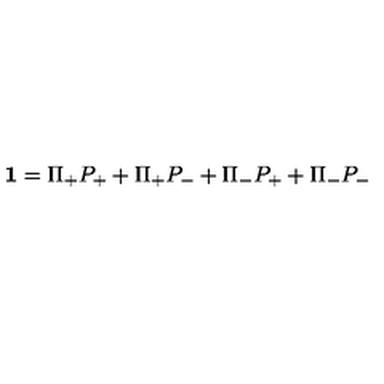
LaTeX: { \bf 1 } = \Pi _ { + } P _ { + } + \Pi _ { + } P _ { - } + \Pi _ { - } P _ { + } + \Pi _ { - } P _ { - }